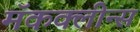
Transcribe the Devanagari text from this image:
मॅकक्लीन्स